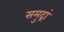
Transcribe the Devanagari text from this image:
समुद्रां